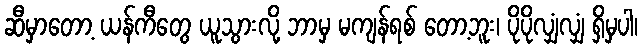
ဆီမှာတော့ ယန်ကီတွေ ယူသွားလို့ ဘာမှ မကျန်ရစ် တော့ဘူး၊ ပိုပိုလျှံလျှံ ရှိမှပါ၊